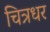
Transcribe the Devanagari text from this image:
चित्रधर